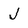
Character: J